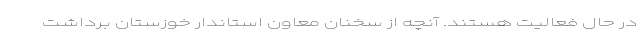
در حال فعالیت هستند. آنچه از سخنان معاون استاندار خوزستان برداشت